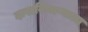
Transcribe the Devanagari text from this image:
दाखविणाऱ्याला